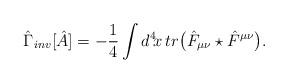
LaTeX: \begin{align*}\hat\Gamma_{inv}[\hat A]=-{1\over 4}\int d^4\!x\, tr\big(\hat F_{\mu\nu}\star\hat F^{\mu\nu}\big).\end{align*}